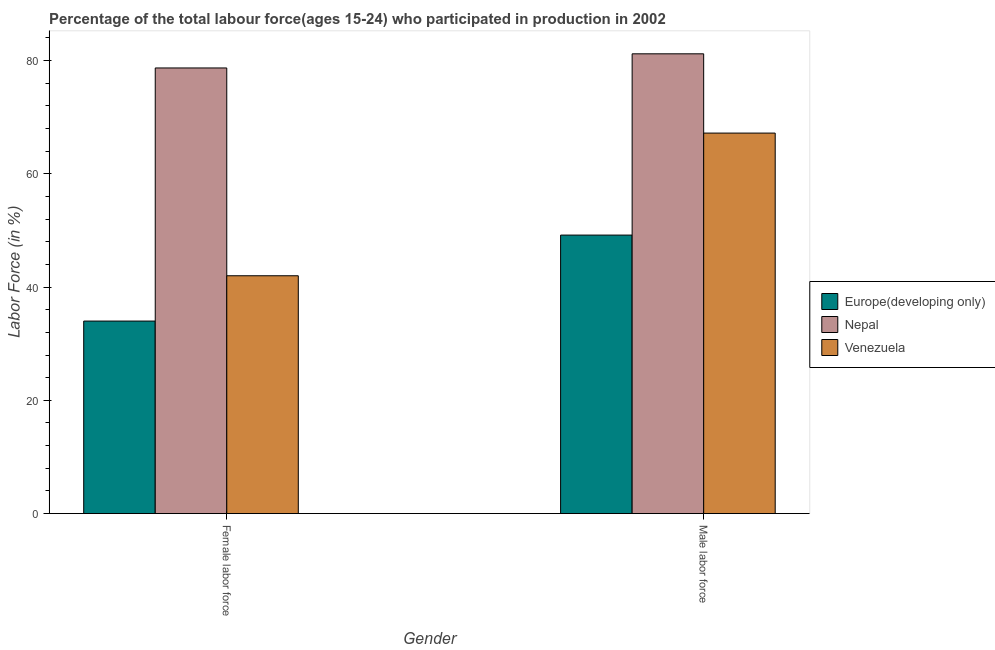
| Gender | Europe(developing only) | Nepal | Venezuela |
 | --- | --- | --- | --- |
 | Female labor force | 34 | 78.7 | 42 |
 | Male labor force | 49.2 | 81.2 | 67.2 |